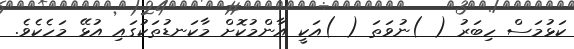
ކަޅުމަސް ހިބަރު ( )ނުވަތަ ( )އަކީ އާންމުކޮށް މާކަނޑުތަކުގައި އުޅޭ މަހެކެވެ.